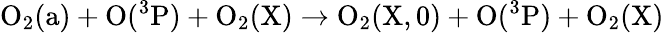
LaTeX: \mathrm{O_{2}(a)+O(^{3}P)+O_{2}(X)\rightarrow O_{2}(X,0)+O(^{3}P)+O_{2}(X)}